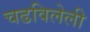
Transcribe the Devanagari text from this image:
चढविलेली